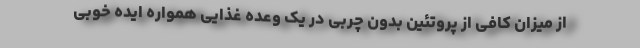
از میزان کافی از پروتئین بدون چربی در یک وعده غذایی همواره ایده خوبی